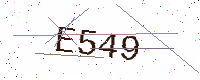
Text: E549